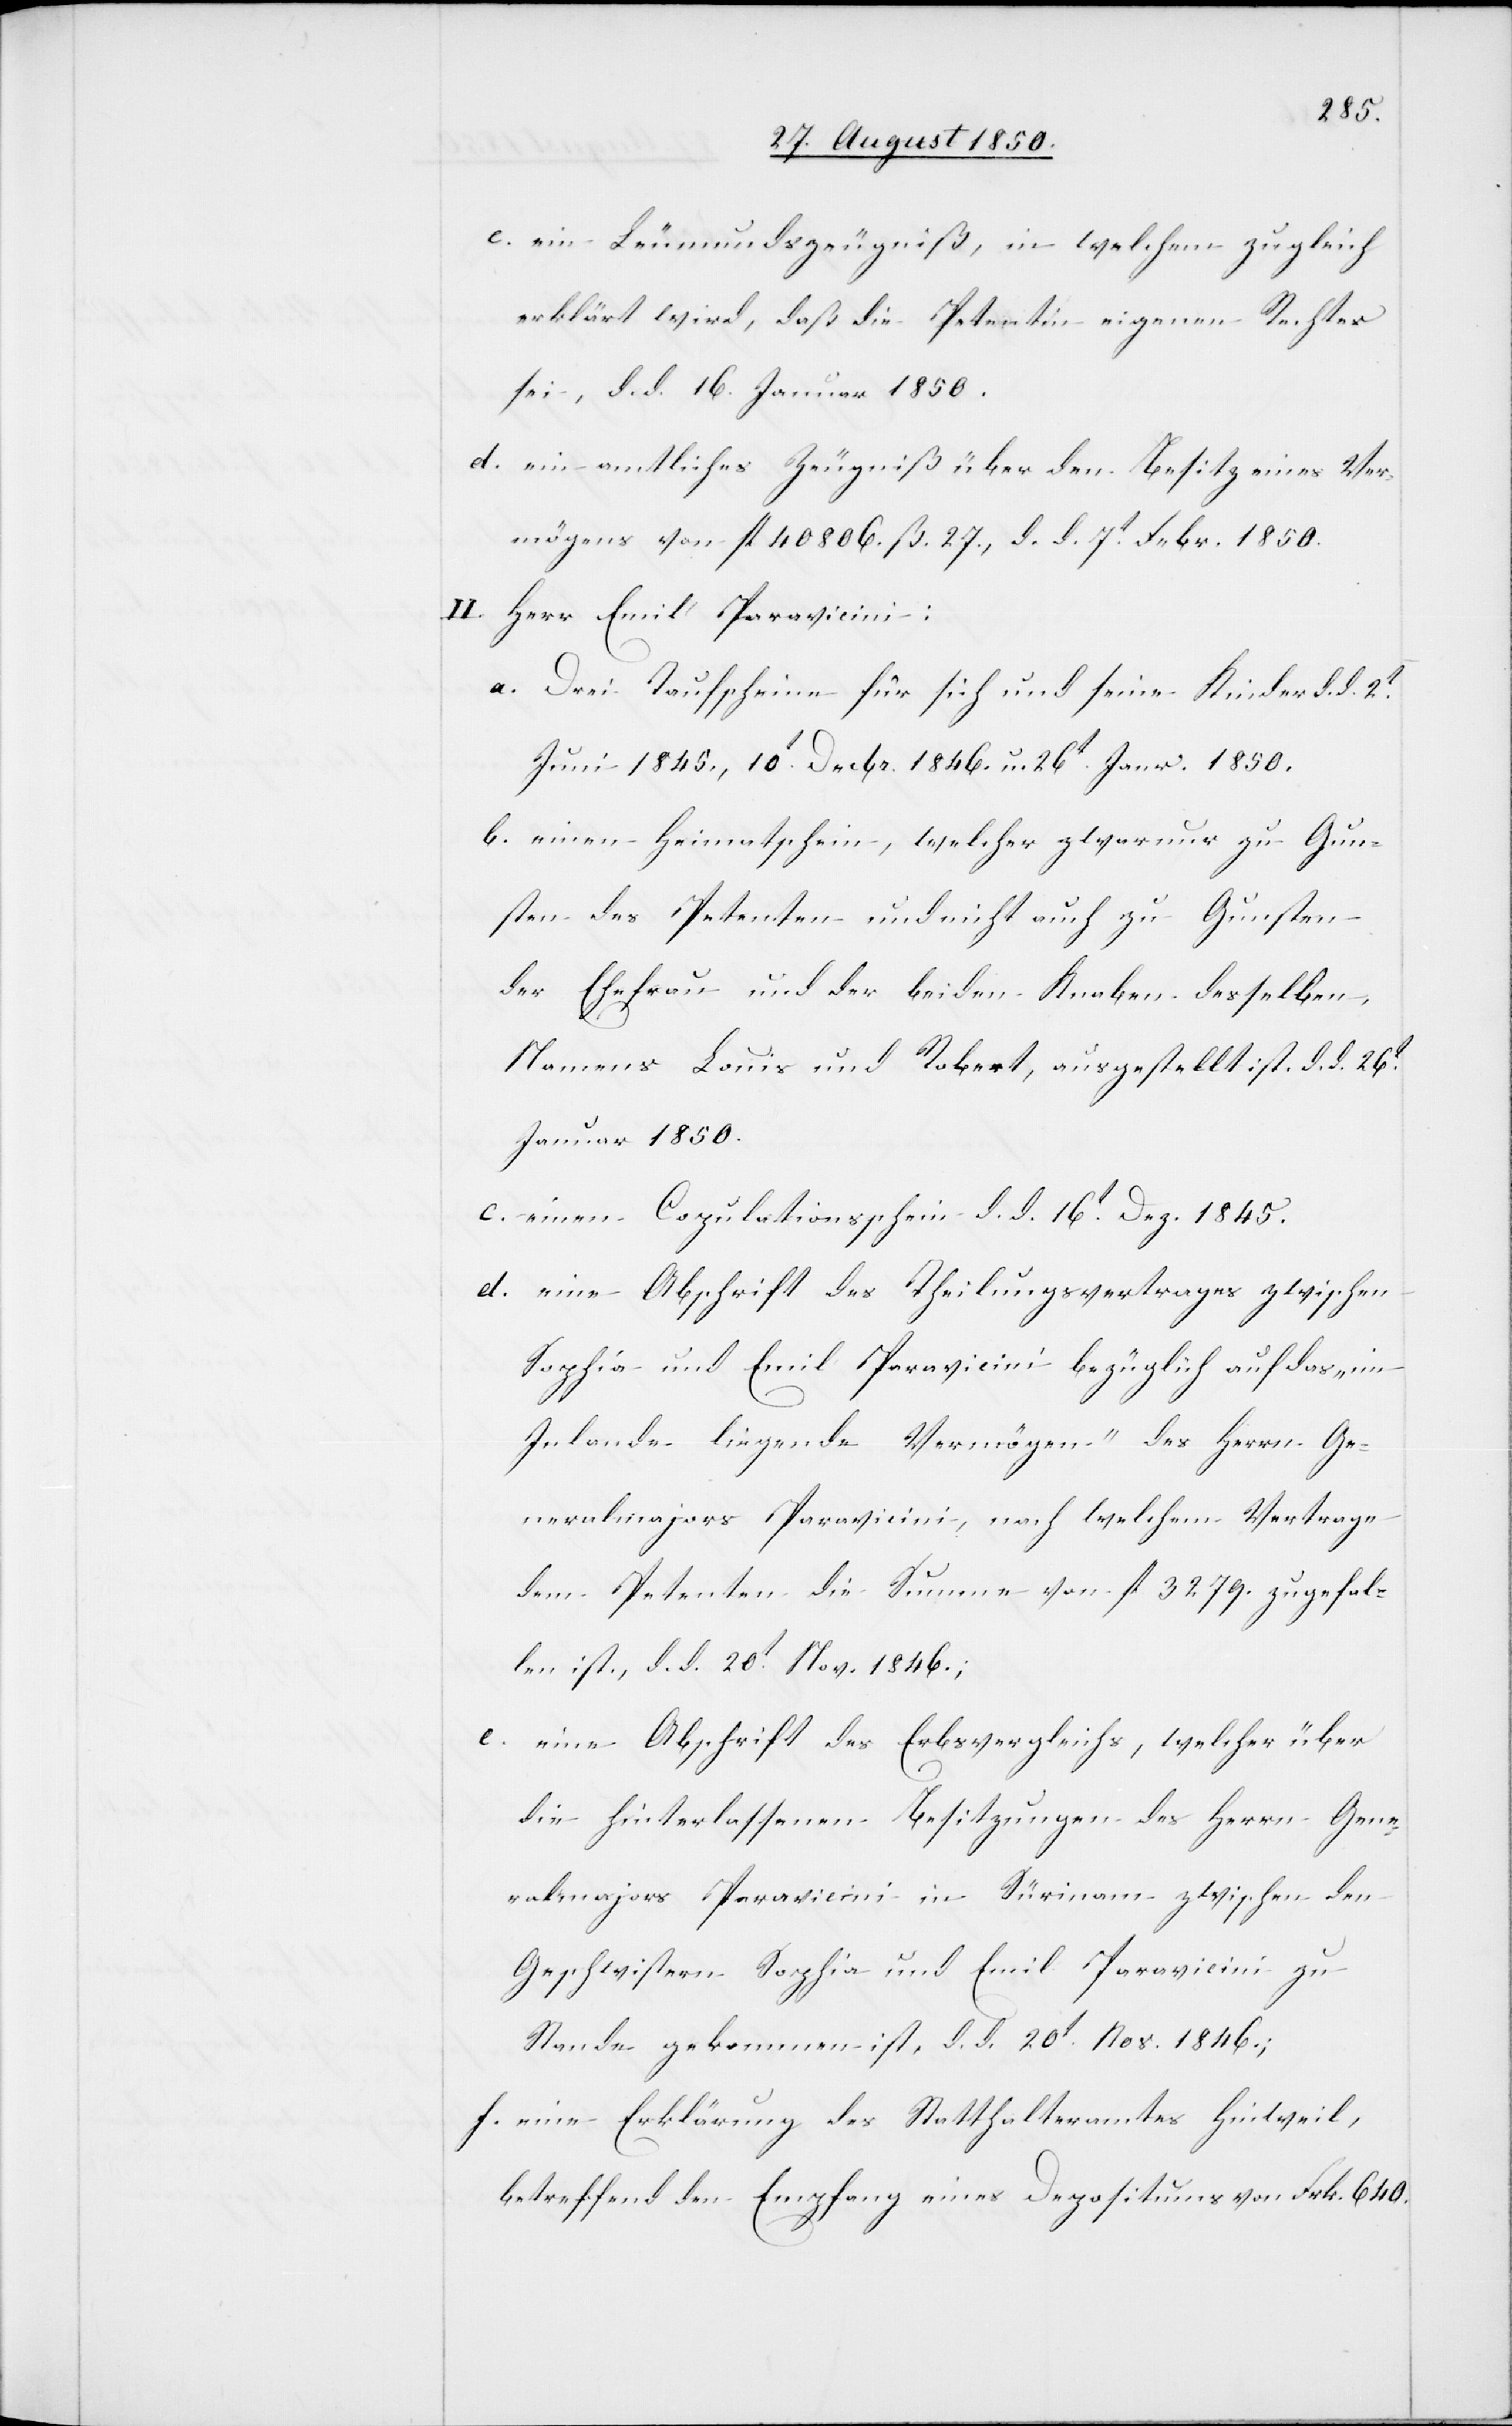
c. ein Leumundszeugniß, in welchem zugleich
erklärt wird, daß die Petentin eigenen Rechtes
sei, d. d. 16.Januar 1850.
d. ein amtliches Zeugniß über den Besitz eines Ver¬
mögens von fl 40 806. ß. 27., d. d. 7t Febr. 1850.
II. Herr Emil Paravicini:
a. Drei Taufscheine für sich und seine Kinder d. d.
Juni 1845., 10t Decbr. 1846. u. 26t Janr. 1850.
b. einen Heimatschein, welcher zwar nur zu Gun¬
sten des Petenten und nicht auch zu Gunsten
der Ehefrau und der beiden Knaben desselben,
Namens Louis und Robert, ausgestellt ist. d. d. 26t
Januar 1850.
c. einen Copulationsschein d. d. 16t Dez. 1845.
d. eine Abschrift des Theilungsvertrages zwischen
Sophia und Emil Paravicini bezüglich auf das „im
Inlande liegende Vermögen“ des Herrn Ge¬
neralmajors Paravicini, nach welchem Vertrage
dem Petenten die Summe von fl 3279. zugefal¬
len ist., d. d. 20t Nov. 1846;
e. eine Abschrift des Erbsvergleichs, welcher über
die hinterlassenen Besitzungen des Herrn Gene¬
ralmajors Paravicini in Sürinam zwischen den
Geschwistern Sophia und Emil Paravicini zu
Stande gekommen ist, d. d. 20t Nov. 1846;
f. eine Erklärung des Statthalteramtes Hinweil,
betreffend den Empfang eines Depositums von Frk. 640.